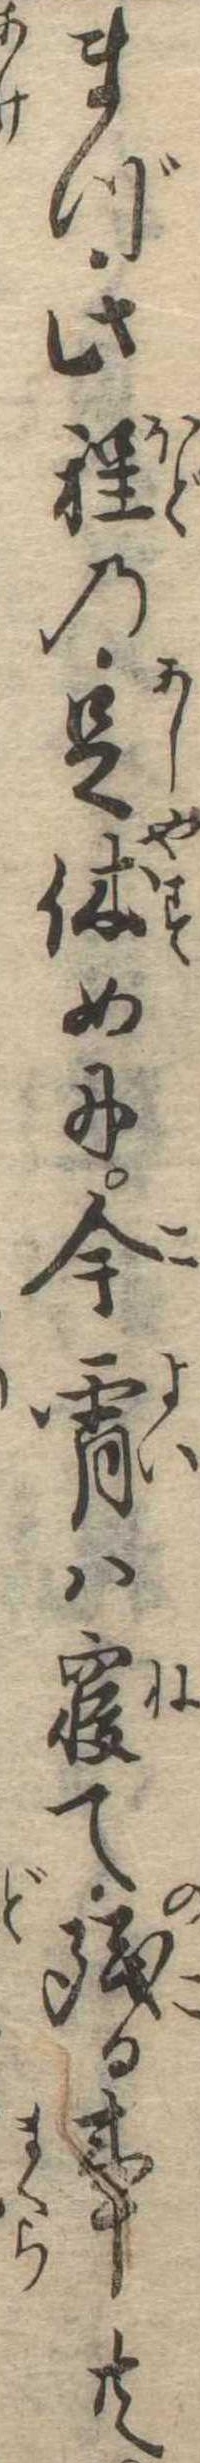
まづ此程の足休めに今宵は寝て残る事共